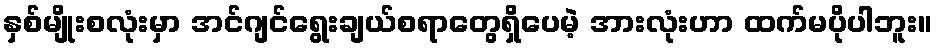
နှစ်မျိုးစလုံးမှာ အင်ဂျင်ရွေးချယ်စရာတွေရှိပေမဲ့ အားလုံးဟာ ထက်မပိုပါဘူး။